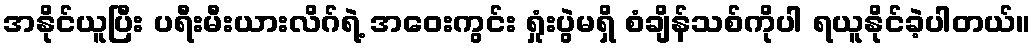
အနိုင်ယူပြီး ပရီးမီးယားလိဂ်ရဲ့ အဝေးကွင်း ရှုံးပွဲမရှိ စံချိန်သစ်ကိုပါ ရယူနိုင်ခဲ့ပါတယ်။